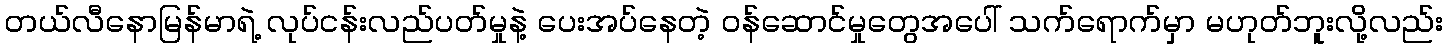
တယ်လီနောမြန်မာရဲ့ လုပ်ငန်းလည်ပတ်မှုနဲ့ ပေးအပ်နေတဲ့ ဝန်ဆောင်မှုတွေအပေါ် သက်ရောက်မှာ မဟုတ်ဘူးလို့လည်း